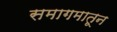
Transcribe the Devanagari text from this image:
समागमातून